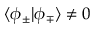
\langle \phi _ { \pm } | \phi _ { \mp } \rangle \ne 0